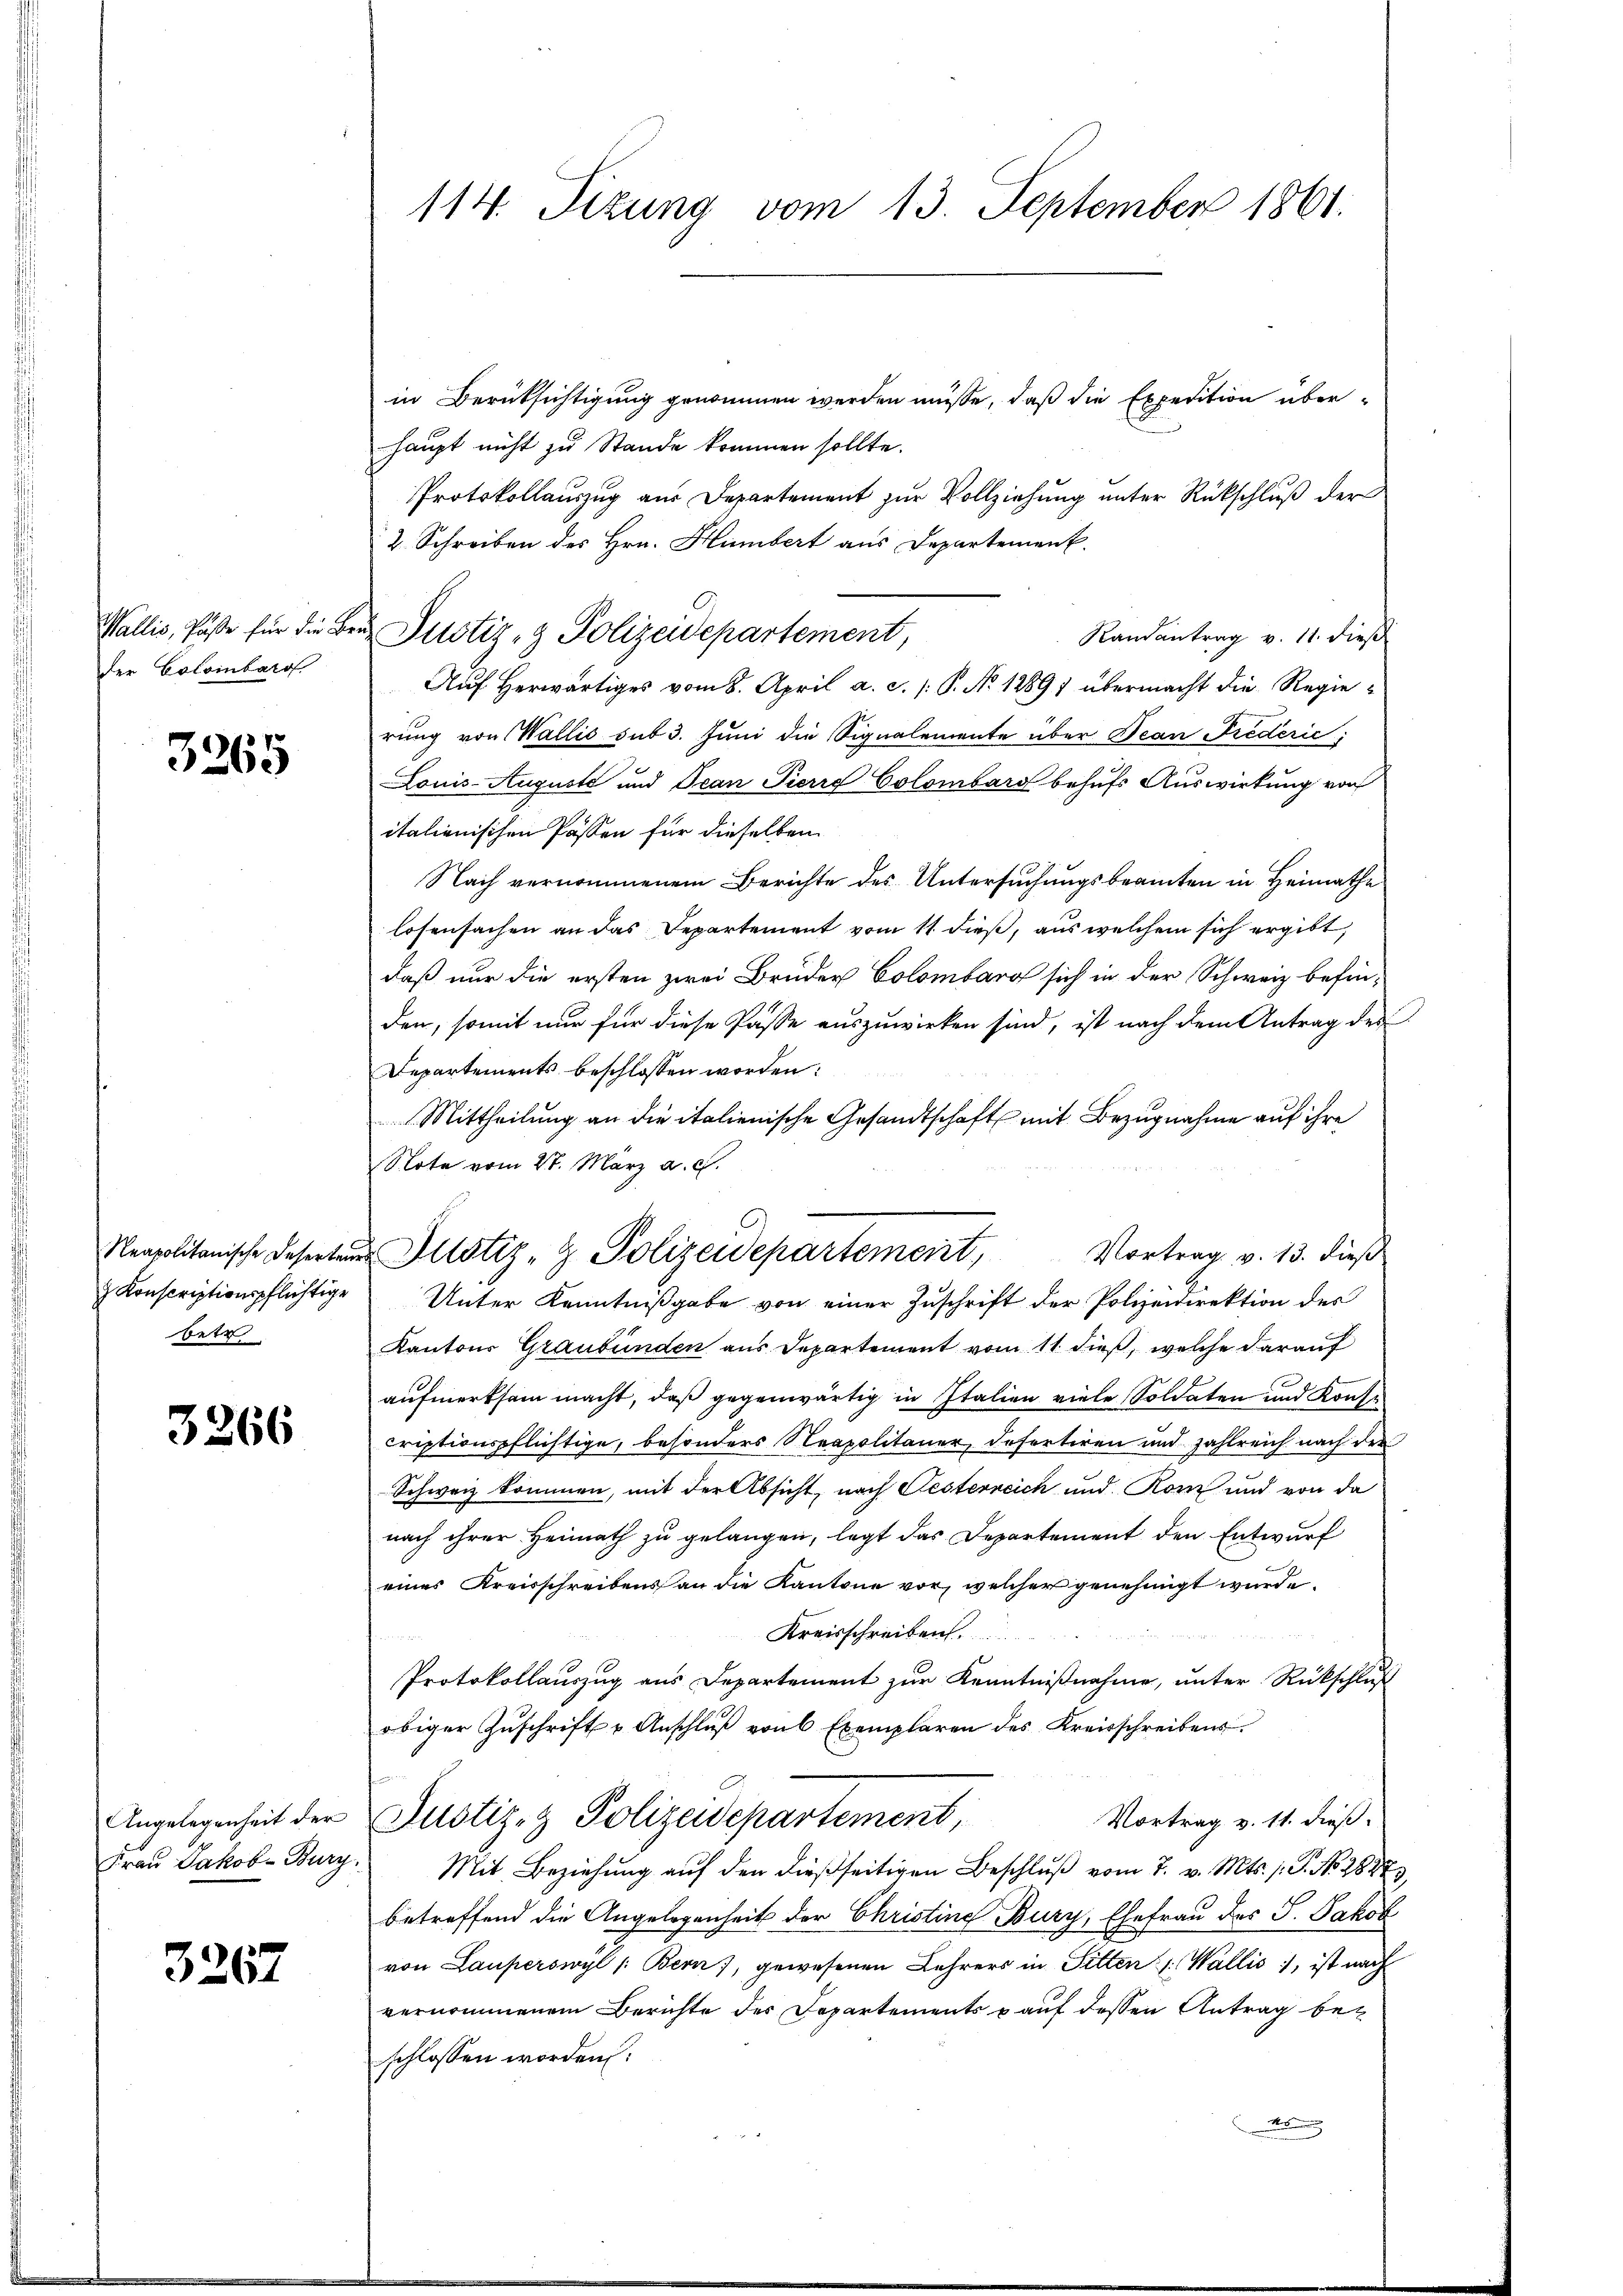
Wallis, Päße für die Beder Colombard

3265

Reapolitanische Deserteur
& Konscriptionspflichtige
betr

3266

Angelegenheit der
Frau Jakob Burg

3267

114. Sizung vom 13. September 1861.

in Berüksichtigung genommen werden müsse, daß die Expedition über-
haupt nicht zu Stande kommen sollte.
Protokollauszug aus Departement zur Vollziehung unter Rückschluß der
2. Schreiben des Hrn. Humbert aus Departement.
 Justiz- & Polizeidepartement,
Randantrag v. 11. dieß
Auf herwärtiges vom 8. April a. c. /: P. No. 18891 übermacht die Regierung von Wallis sub 3. Juni die Signalemente über Bean Fredérić,
Louis-Auguste und Jean Pierre Colombars behufs Auswirkung von
italienischen Passen für dieselben
Nach vernommenem Berichte des Untersuchungsbeamten in Heimathe
losensachen an das Departement vom 11. dieß, aus welchem sich ergibt,
daß nur die ersten zwei Brüder Colombarg sich in der Schweiz befin-
den, somit nur für diese Pässe auszuwirken sind, ist nach dem Antrag des
Departements beschlossen worden:
Mittheilung an die italienische Gesandtschaft mit Bezugnahme auf ihre
Note vom 27. März a. c.
Vortrag v. 13. dieß
Unter Kenntnißgabe von einer Zuschrift der Polizeidirektion des
Kantons Graubünden aus Departement vom 11 dieß, welche darauf
aufmerksam macht, daß gegenwärtig in Italien viele Soldaten und Konse
criptionspflichtige, besonders Neapolitaner, defertiren und zahlreich nach der
Schweiz kommen, mit der Absicht, nach Festerreich und Rom und von da
nach ihrer Heimath zu gelangen, legt das Departement den Entwurf
eines Kreisschreibens an die Kantone vor, welcher genehmigt wurde.
Kreisschreiben.
Protokollauszug aus Departement zur Kenntnißnahme, unter Rückschluß
obiger Zuschrift u Anschluß von 6 Exemplaren des Kreisschreibens
Justiz- & Polizeidepartement
Vortrag v. 11. dieß.
Mit Beziehung auf den dießseitigen Beschluß vom 7. v. Mts. 1. P. No. 2827.
betreffend die Angelegenheit der Christine Bury, Ehefrau des J. Jakob
von Lauperswyl /: Bern, gewesenen Lehrers in Pitten 1. Wallis, ist nach
vernommenem Berichte der Departements & auf dessen Antrag beschlossen worden:
n

Justiz- & Polizeidepartement,